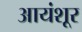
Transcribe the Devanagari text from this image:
आयंशूर